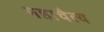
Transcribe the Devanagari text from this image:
महाचैत्‍य